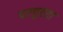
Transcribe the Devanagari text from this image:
परपुष्टता